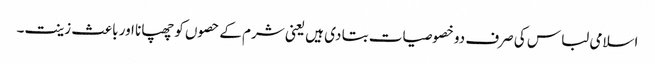
اسلامی لباس کی صرف دو خصوصیات بتا دی ہیں یعنی شرم کے حصوں کو چھپانا اور باعث زینت۔